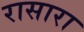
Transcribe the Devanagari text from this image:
रासारा